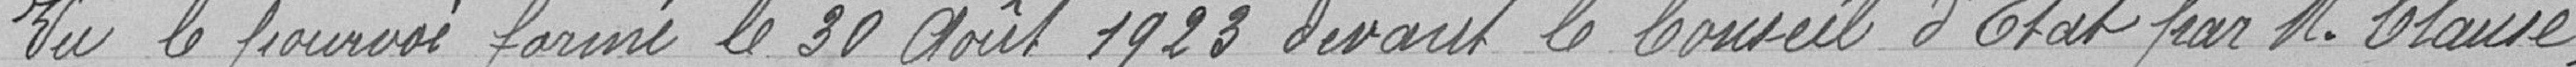
Vu le pourvoi formé le 30 août 1923 devant le conseil d'Etat par Monsieur Clause,